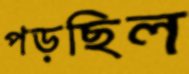
পড়ছিল